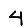
Digit: 4